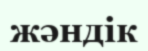
жәндік